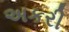
અકરી